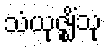
သံယုဇ္ဈိံသု